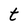
Character: t